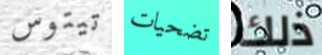
تيتوس تضحيات ذلك